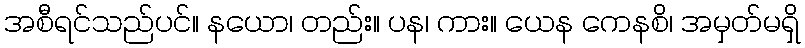
အစီရင်သည်ပင်။ နယော၊ တည်း။ ပန၊ ကား။ ယေန ကေနစိ၊ အမှတ်မရှိ